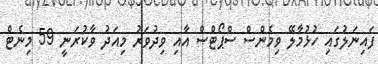
ފައިނަލުގައި ހުޅުމާލޭ ވިމެންސް ސްޕޯޓްސް އާއި ވިދުވަރު މިއަދު ވާކުރަނީ 59 މިނެޓް